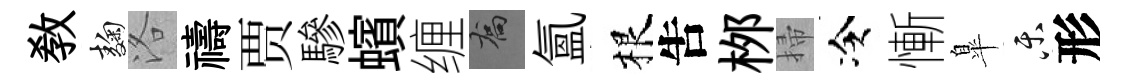
敎麹洛禱贾驂蠙缠喬氳根吿桞掃冷慚臯乐形